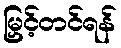
မြှင့်တင်ရန်